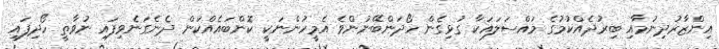
އިންޒާރުދިނުމާއި ބިރުދެއްކުމުގެ މައްސަލައަކާ ގުޅިގެން ހޯދަންބޭނުންވެ އެމީހުންނަކީ ކޮންބައެއްކަން ދެނެގަނެވިފައި ނުވާތީ ހޯދިފައި